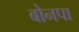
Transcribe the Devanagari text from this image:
बोनपा